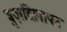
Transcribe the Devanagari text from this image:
बुज़दिलापन